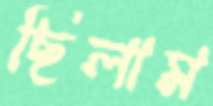
ছিলাম